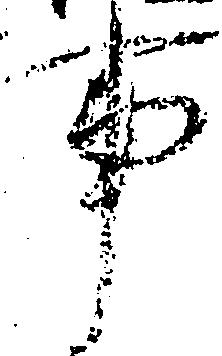
事